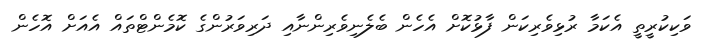
ވަކިކުރީތީ އެކަމާ ރުޅިވެރިކަން ފާޅުކޮށް އެހެން ބެލެނިވެރިންނާއި ދަރިވަރުންގެ ކޮމެންޓްތައް އެއަށް އޮހެން